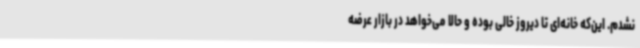
نشدم. این‌که خانه‌ای تا دیروز خالی بوده و حالا می‌خواهد در بازار عرضه